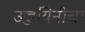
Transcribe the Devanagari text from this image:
उज्जयिनीचा